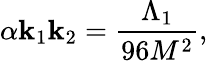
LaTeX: \alpha\mathbf{k}_{1}\mathbf{k}_{2}=\frac{{\Lambda_{1}}}{{96M^{2}}},